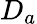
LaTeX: D_{a}